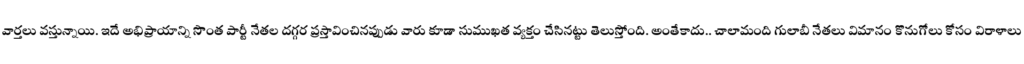
వార్తలు వస్తున్నాయి. ఇదే అభిప్రాయాన్ని సొంత పార్టీ నేతల దగ్గర ప్రస్తావించినప్పుడు వారు కూడా సుముఖత వ్యక్తం చేసినట్టు తెలుస్తోంది. అంతేకాదు.. చాలామంది గులాబీ నేతలు విమానం కొనుగోలు కోసం విరాళాలు